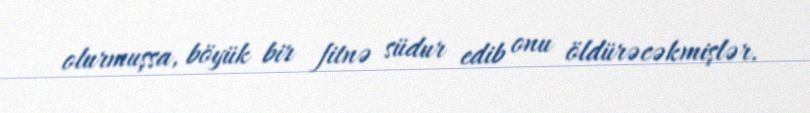
olurmuşsa, böyük bir fitnə südur edib onu öldürəcəkmişlər.